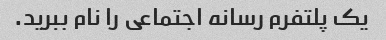
یک پلتفرم رسانه اجتماعی را نام ببرید.